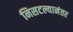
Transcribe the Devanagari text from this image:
निसटल्यानंतर